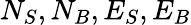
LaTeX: N_{S},N_{B},E_{S},E_{B}